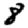
Digit: 8